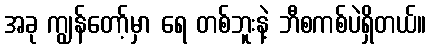
အခု ကျွန်တော့်မှာ ရေ တစ်ဘူးနဲ့ ဘီစကစ်ပဲရှိတယ်။